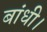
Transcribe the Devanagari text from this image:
बांधी।